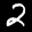
Label: 2